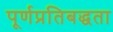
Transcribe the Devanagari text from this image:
पूर्णप्रतिबद्धता